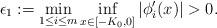
LaTeX: \begin{align*}\epsilon_1:=\min_{1\leq i\leq m}\inf_{x\in [-K_0,0]}|\phi_i'(x)|>0.\end{align*}